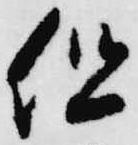
但